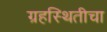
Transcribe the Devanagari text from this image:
ग्रहस्थितीचा